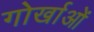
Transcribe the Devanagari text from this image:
गोर्खाओं